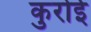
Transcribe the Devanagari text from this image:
कुरोई